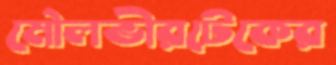
মৌলভীরটেকের